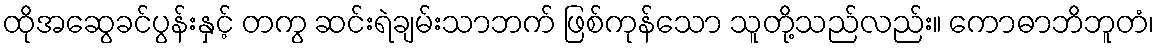
ထိုအဆွေခင်ပွန်းနှင့် တကွ ဆင်းရဲချမ်းသာဘက် ဖြစ်ကုန်သော သူတို့သည်လည်း။ ကောဓာဘိဘူတံ၊